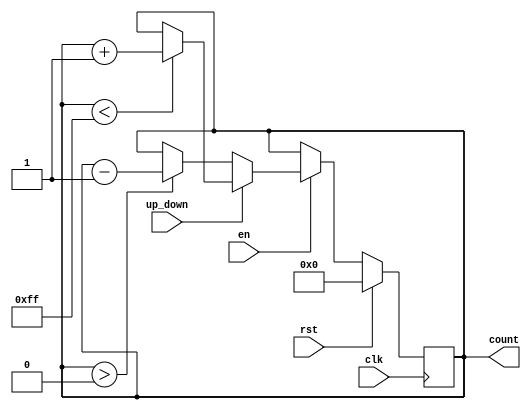
module up_down_counter (
    input wire clk,            // Clock signal
    input wire rst,            // Reset signal (active-high)
    input wire en,             // Enable signal (active-high)
    input wire up_down,        // Up/Down control signal (1 for up, 0 for down)
    output reg [7:0] count     // Current count value (8-bit register)
);

    // Parameter for maximum and minimum count values
    parameter MAX_COUNT = 255; // Maximum count value for 8-bit
    parameter MIN_COUNT = 0;   // Minimum count value for 0

    // Synchronous process to handle counting
    always @(posedge clk) begin
        if (rst) begin
            // Reset the counter to zero
            count <= MIN_COUNT;
        end else if (en) begin
            if (up_down) begin
                // Increment the count
                if (count < MAX_COUNT) begin
                    count <= count + 1;
                end
                // Optionally handle overflow (wrap around)
                // else begin
                //     count <= MIN_COUNT; // Wrap to zero
                // end
            end else begin
                // Decrement the count
                if (count > MIN_COUNT) begin
                    count <= count - 1;
                end
                // Optionally handle underflow (stop at zero)
                // else begin
                //     count <= MIN_COUNT; // Stay at zero
                // end
            end
        end
    end

endmodule